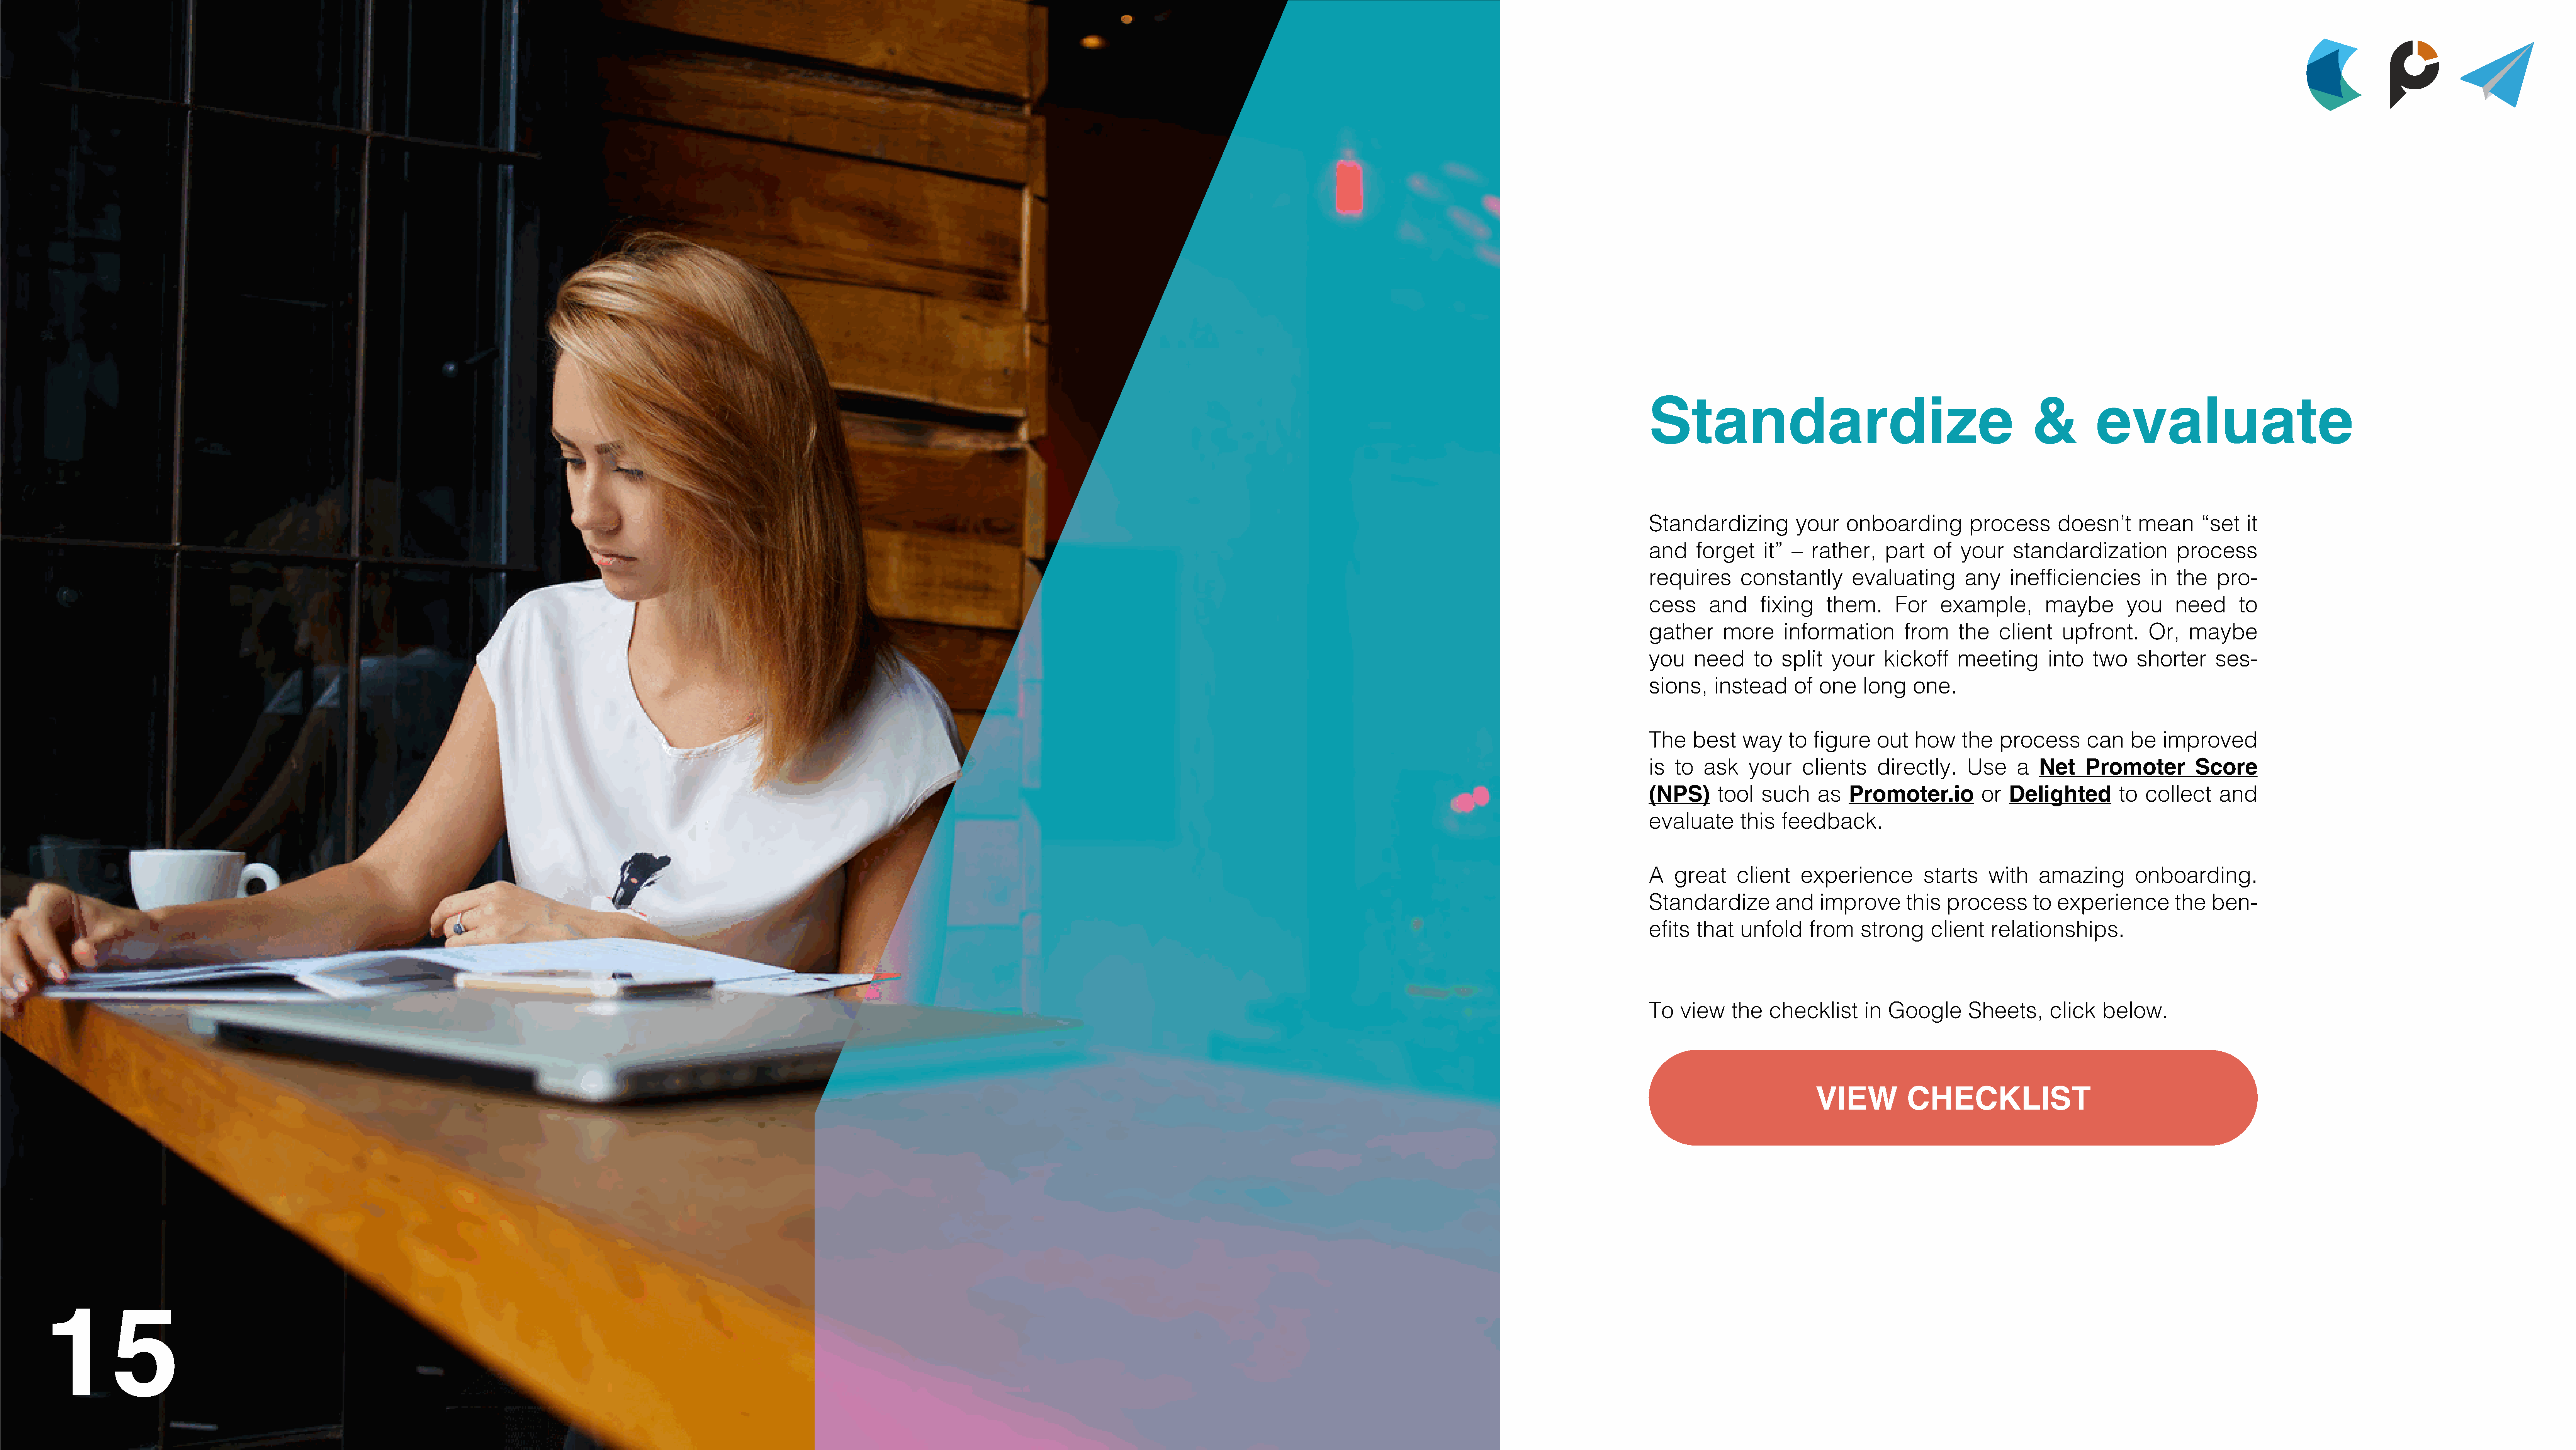
Standardize                                                      &          evaluate
 Standardizing            your    onboarding            process        doesn’t      mean       “set    it
 and     forget     it”  –  rather,      part    of   your     standardization             process
 requires       constantly         evaluating          any    inefficiencies          in   the    pro-
 cess      and      fixing     them.       For     example,          maybe        you      need       to
 gather      more       information         from      the    client    upfront.       Or,    maybe
 you    need       to  split    your     kickoff      meeting        into    two    shorter       ses-
 sions,     instead      of   one    long     one.
 The    best     way     to  figure     out   how     the    process        can    be    improved
 is  to   ask     your     clients      directly.      Use      a  Net     Promoter           Score
 (NPS)      tool    such      as   Promoter.io            or  Delighted          to   collect     and
 evaluate       this   feedback.
 A   great      client     experience           starts     with    amazing          onboarding.
 Standardize          and     improve        this   process       to   experience          the   ben-
 efits   that   unfold      from     strong      client    relationships.
 To   view     the   checklist        in  Google       Sheets,       click    below.
 VIEW            CHECKLIST
 15